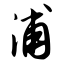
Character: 浦